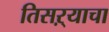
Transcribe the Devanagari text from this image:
तिसऱ्याचा